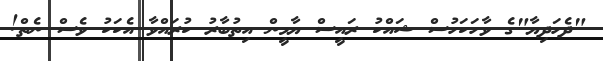
"ދެހަދިޔާ"ގެ ވާހަކަހުސް ޝައްކު ރައީސް ޔާމީން އިތުބާރު ކުރައްވާ އެކަކު ވެސް ނެތް!